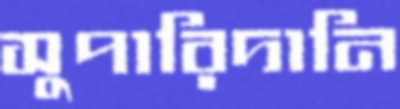
সুপারিদানি